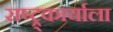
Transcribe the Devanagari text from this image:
राष्ट्र्कार्याला